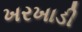
ખરખાડી